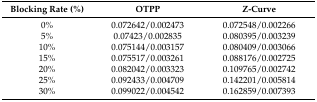
<table><thead><tr><td><b>Blocking Rate (%)</b></td><td><b>OTPP</b></td><td><b>Z-Curve</b></td></tr></thead><tbody><tr><td>0%</td><td>0.072642/0.002473</td><td>0.072548/0.002266</td></tr><tr><td>5%</td><td>0.07423/0.002835</td><td>0.080395/0.003239</td></tr><tr><td>10%</td><td>0.075144/0.003157</td><td>0.080409/0.003066</td></tr><tr><td>15%</td><td>0.075517/0.003261</td><td>0.088176/0.002725</td></tr><tr><td>20%</td><td>0.082042/0.003323</td><td>0.109765/0.002742</td></tr><tr><td>25%</td><td>0.092433/0.004709</td><td>0.142201/0.005814</td></tr><tr><td>30%</td><td>0.099022/0.004542</td><td>0.162859/0.007393</td></tr></tbody></table>